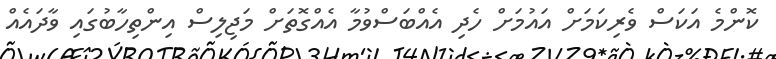
ކޮންމެ އަކަސް ވެރިކަމަށް އައުމަށް ހެދި އެއްބަސްވުމާ އެއްގޮތަށް މަޖިލިސް އިންތިހާބުގައި ވާދައެއް